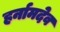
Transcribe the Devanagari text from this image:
हर्नामदेव